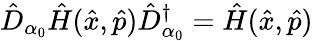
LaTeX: \hat{D}_{\alpha_{0}}\hat{H}(\hat{x},\hat{p})\hat{D}_{\alpha_{0}}^{\dagger}=\hat{H}(\hat{x},\hat{p})